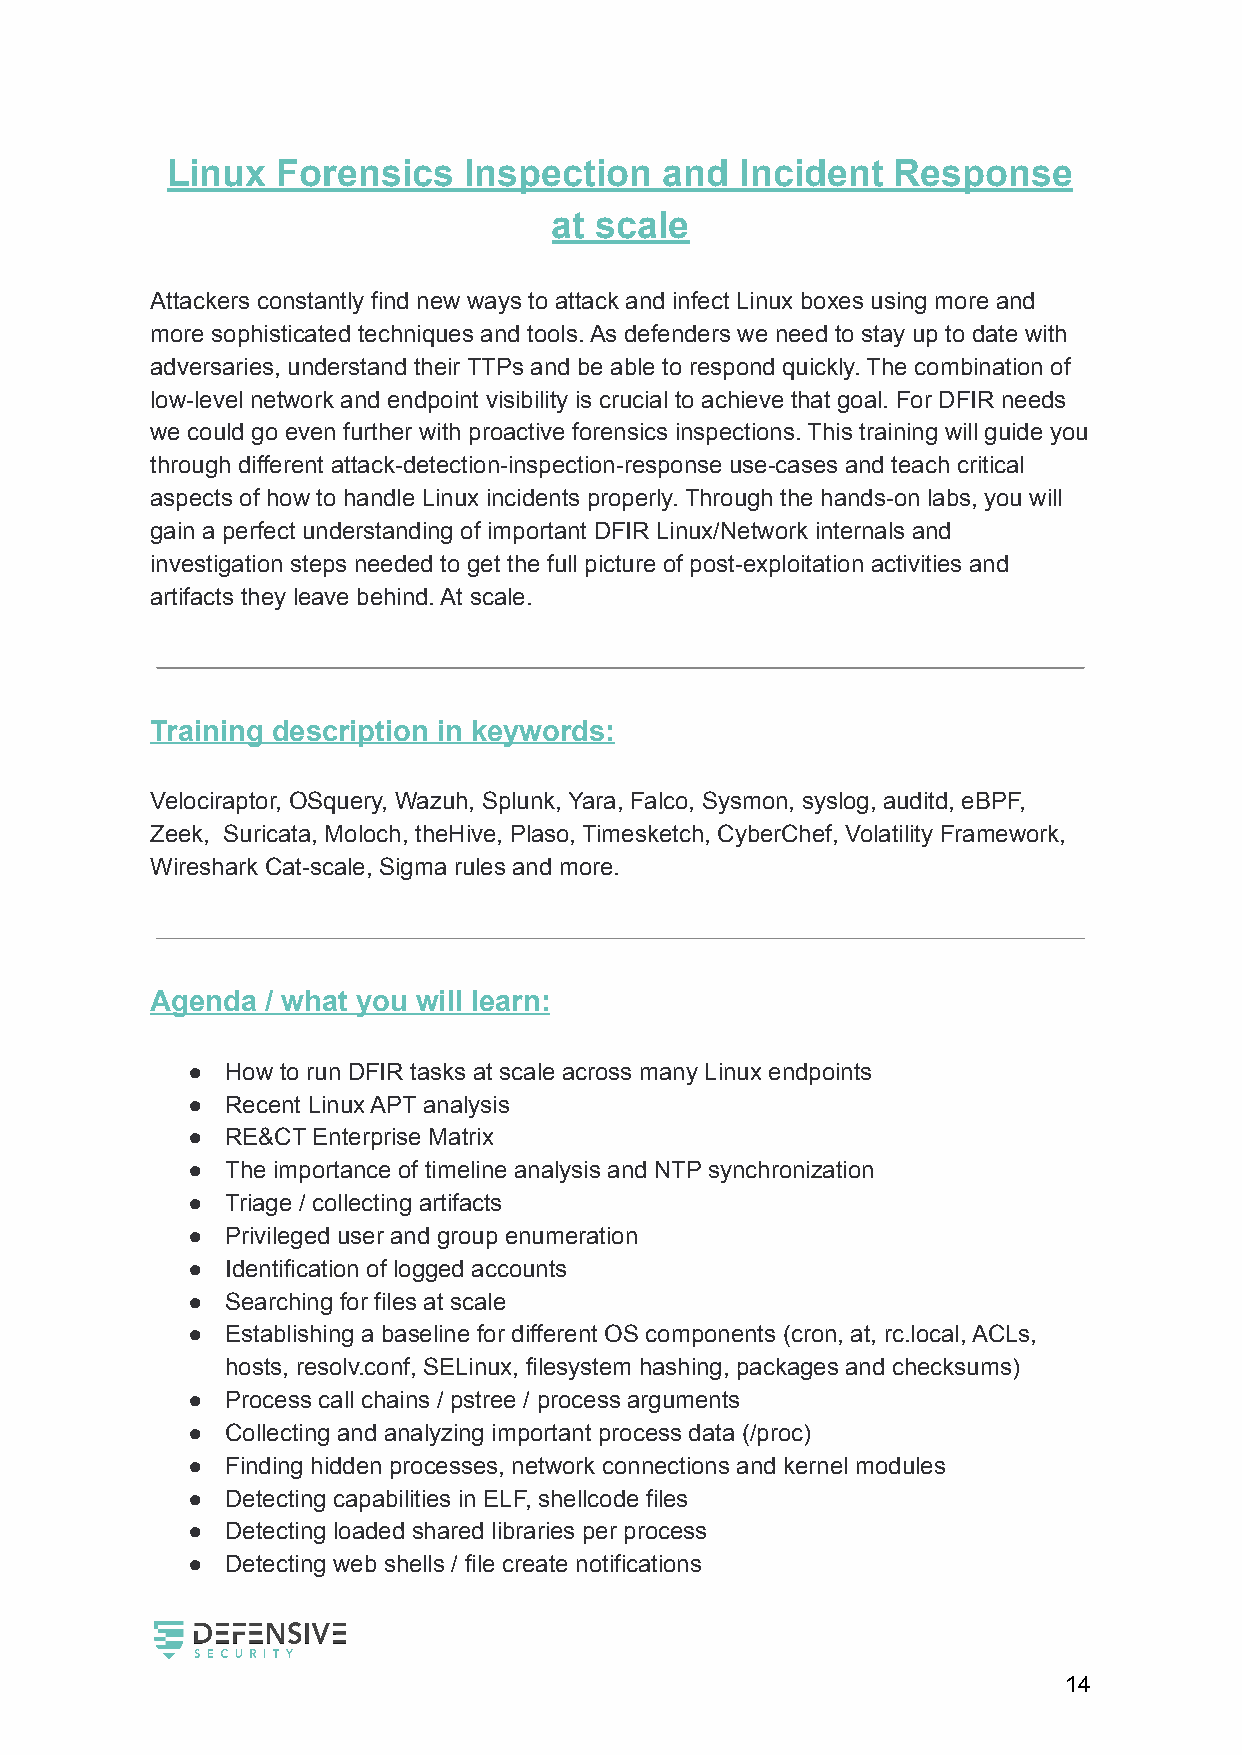
Linux  Forensics    Inspection   and  Incident  Response
 at scale
 Attackers constantly find new ways to attack and infect Linux boxes using more and
 more sophisticated techniques and tools. As defenders we need to stay up to date with
 adversaries, understand their TTPs and be able to respond quickly. The combination of
 low-level network and endpoint visibility is crucial to achieve that goal. For DFIR needs
 we could go even further with proactive forensics inspections. This training will guide you
 through different attack-detection-inspection-response use-cases and teach critical
 aspects of how to handle Linux incidents properly. Through the hands-on labs, you will
 gain a perfect understanding of important DFIR Linux/Network internals and
 investigation steps needed to get the full picture of post-exploitation activities and
 artifacts they leave behind. At scale.
 Training description in keywords:
 Velociraptor, OSquery, Wazuh, Splunk, Yara, Falco, Sysmon, syslog, auditd, eBPF,
 Zeek, Suricata, Moloch, theHive, Plaso, Timesketch, CyberChef, Volatility Framework,
 Wireshark Cat-scale, Sigma rules and more.
 Agenda  / what you will learn:
 ●  How to run DFIR tasks at scale across many Linux endpoints
 ●  Recent Linux APT analysis
 ●  RE&CT Enterprise Matrix
 ●  The importance of timeline analysis and NTP synchronization
 ●  Triage / collecting artifacts
 ●  Privileged user and group enumeration
 ●  Identification of logged accounts
 ●  Searching for files at scale
 ●  Establishing a baseline for different OS components (cron, at, rc.local, ACLs,
 hosts, resolv.conf, SELinux, filesystem hashing, packages and checksums)
 ●  Process call chains / pstree / process arguments
 ●  Collecting and analyzing important process data (/proc)
 ●  Finding hidden processes, network connections and kernel modules
 ●  Detecting capabilities in ELF, shellcode files
 ●  Detecting loaded shared libraries per process
 ●  Detecting web shells / file create notifications
 14